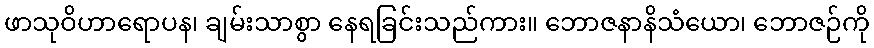
ဖာသုဝိဟာရောပန၊ ချမ်းသာစွာ နေရခြင်းသည်ကား။ ဘောဇနာနိသံယော၊ ဘောဇဉ်ကို